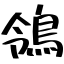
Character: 鴒